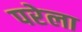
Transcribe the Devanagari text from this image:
परेला